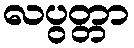
လပွတ္တာ